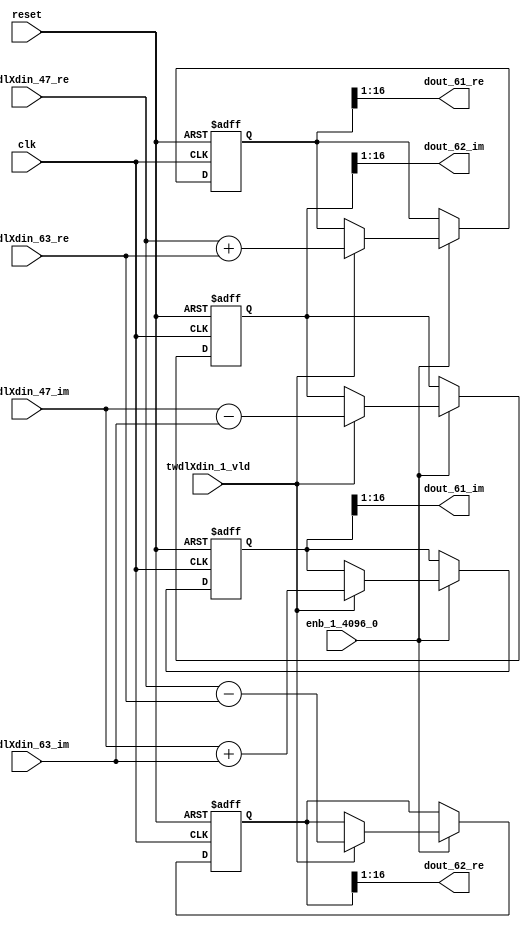
// -------------------------------------------------------------
// 
// 
// Generated by MATLAB 9.14 and HDL Coder 4.1
// 
// -------------------------------------------------------------


// -------------------------------------------------------------
// 
// Module: RADIX22FFT_SDNF1_3_block29
// Source Path: dsphdl.IFFT/RADIX22FFT_SDNF1_3
// Hierarchy Level: 4
// 
// -------------------------------------------------------------

`timescale 1 ns / 1 ns

module RADIX22FFT_SDNF1_3_block29
          (clk,
           reset,
           enb_1_4096_0,
           twdlXdin_47_re,
           twdlXdin_47_im,
           twdlXdin_63_re,
           twdlXdin_63_im,
           twdlXdin_1_vld,
           dout_61_re,
           dout_61_im,
           dout_62_re,
           dout_62_im);


  input   clk;
  input   reset;
  input   enb_1_4096_0;
  input   signed [15:0] twdlXdin_47_re;  // sfix16_En14
  input   signed [15:0] twdlXdin_47_im;  // sfix16_En14
  input   signed [15:0] twdlXdin_63_re;  // sfix16_En14
  input   signed [15:0] twdlXdin_63_im;  // sfix16_En14
  input   twdlXdin_1_vld;
  output  signed [15:0] dout_61_re;  // sfix16_En14
  output  signed [15:0] dout_61_im;  // sfix16_En14
  output  signed [15:0] dout_62_re;  // sfix16_En14
  output  signed [15:0] dout_62_im;  // sfix16_En14


  reg signed [16:0] Radix22ButterflyG1_NF_btf1_re_reg;  // sfix17
  reg signed [16:0] Radix22ButterflyG1_NF_btf1_im_reg;  // sfix17
  reg signed [16:0] Radix22ButterflyG1_NF_btf2_re_reg;  // sfix17
  reg signed [16:0] Radix22ButterflyG1_NF_btf2_im_reg;  // sfix17
  reg  Radix22ButterflyG1_NF_dinXtwdl_vld_dly1;
  reg signed [16:0] Radix22ButterflyG1_NF_btf1_re_reg_next;  // sfix17_En14
  reg signed [16:0] Radix22ButterflyG1_NF_btf1_im_reg_next;  // sfix17_En14
  reg signed [16:0] Radix22ButterflyG1_NF_btf2_re_reg_next;  // sfix17_En14
  reg signed [16:0] Radix22ButterflyG1_NF_btf2_im_reg_next;  // sfix17_En14
  reg  Radix22ButterflyG1_NF_dinXtwdl_vld_dly1_next;
  reg signed [15:0] dout_61_re_1;  // sfix16_En14
  reg signed [15:0] dout_61_im_1;  // sfix16_En14
  reg signed [15:0] dout_62_re_1;  // sfix16_En14
  reg signed [15:0] dout_62_im_1;  // sfix16_En14
  reg  dout_61_vld;
  reg signed [16:0] Radix22ButterflyG1_NF_add_cast;  // sfix17_En14
  reg signed [16:0] Radix22ButterflyG1_NF_add_cast_0;  // sfix17_En14
  reg signed [16:0] Radix22ButterflyG1_NF_sra_temp;  // sfix17_En14
  reg signed [16:0] Radix22ButterflyG1_NF_sub_cast;  // sfix17_En14
  reg signed [16:0] Radix22ButterflyG1_NF_sub_cast_0;  // sfix17_En14
  reg signed [16:0] Radix22ButterflyG1_NF_sra_temp_0;  // sfix17_En14
  reg signed [16:0] Radix22ButterflyG1_NF_add_cast_1;  // sfix17_En14
  reg signed [16:0] Radix22ButterflyG1_NF_add_cast_2;  // sfix17_En14
  reg signed [16:0] Radix22ButterflyG1_NF_sra_temp_1;  // sfix17_En14
  reg signed [16:0] Radix22ButterflyG1_NF_sub_cast_1;  // sfix17_En14
  reg signed [16:0] Radix22ButterflyG1_NF_sub_cast_2;  // sfix17_En14
  reg signed [16:0] Radix22ButterflyG1_NF_sra_temp_2;  // sfix17_En14


  // Radix22ButterflyG1_NF
  always @(posedge clk or posedge reset)
    begin : Radix22ButterflyG1_NF_process
      if (reset == 1'b1) begin
        Radix22ButterflyG1_NF_btf1_re_reg <= 17'sb00000000000000000;
        Radix22ButterflyG1_NF_btf1_im_reg <= 17'sb00000000000000000;
        Radix22ButterflyG1_NF_btf2_re_reg <= 17'sb00000000000000000;
        Radix22ButterflyG1_NF_btf2_im_reg <= 17'sb00000000000000000;
        Radix22ButterflyG1_NF_dinXtwdl_vld_dly1 <= 1'b0;
      end
      else begin
        if (enb_1_4096_0) begin
          Radix22ButterflyG1_NF_btf1_re_reg <= Radix22ButterflyG1_NF_btf1_re_reg_next;
          Radix22ButterflyG1_NF_btf1_im_reg <= Radix22ButterflyG1_NF_btf1_im_reg_next;
          Radix22ButterflyG1_NF_btf2_re_reg <= Radix22ButterflyG1_NF_btf2_re_reg_next;
          Radix22ButterflyG1_NF_btf2_im_reg <= Radix22ButterflyG1_NF_btf2_im_reg_next;
          Radix22ButterflyG1_NF_dinXtwdl_vld_dly1 <= Radix22ButterflyG1_NF_dinXtwdl_vld_dly1_next;
        end
      end
    end

  always @(Radix22ButterflyG1_NF_btf1_im_reg, Radix22ButterflyG1_NF_btf1_re_reg,
       Radix22ButterflyG1_NF_btf2_im_reg, Radix22ButterflyG1_NF_btf2_re_reg,
       Radix22ButterflyG1_NF_dinXtwdl_vld_dly1, twdlXdin_1_vld, twdlXdin_47_im,
       twdlXdin_47_re, twdlXdin_63_im, twdlXdin_63_re) begin
    Radix22ButterflyG1_NF_add_cast = 17'sb00000000000000000;
    Radix22ButterflyG1_NF_add_cast_0 = 17'sb00000000000000000;
    Radix22ButterflyG1_NF_sub_cast = 17'sb00000000000000000;
    Radix22ButterflyG1_NF_sub_cast_0 = 17'sb00000000000000000;
    Radix22ButterflyG1_NF_add_cast_1 = 17'sb00000000000000000;
    Radix22ButterflyG1_NF_add_cast_2 = 17'sb00000000000000000;
    Radix22ButterflyG1_NF_sub_cast_1 = 17'sb00000000000000000;
    Radix22ButterflyG1_NF_sub_cast_2 = 17'sb00000000000000000;
    Radix22ButterflyG1_NF_btf1_re_reg_next = Radix22ButterflyG1_NF_btf1_re_reg;
    Radix22ButterflyG1_NF_btf1_im_reg_next = Radix22ButterflyG1_NF_btf1_im_reg;
    Radix22ButterflyG1_NF_btf2_re_reg_next = Radix22ButterflyG1_NF_btf2_re_reg;
    Radix22ButterflyG1_NF_btf2_im_reg_next = Radix22ButterflyG1_NF_btf2_im_reg;
    Radix22ButterflyG1_NF_dinXtwdl_vld_dly1_next = twdlXdin_1_vld;
    if (twdlXdin_1_vld) begin
      Radix22ButterflyG1_NF_add_cast = {twdlXdin_47_re[15], twdlXdin_47_re};
      Radix22ButterflyG1_NF_add_cast_0 = {twdlXdin_63_re[15], twdlXdin_63_re};
      Radix22ButterflyG1_NF_btf1_re_reg_next = Radix22ButterflyG1_NF_add_cast + Radix22ButterflyG1_NF_add_cast_0;
      Radix22ButterflyG1_NF_sub_cast = {twdlXdin_47_re[15], twdlXdin_47_re};
      Radix22ButterflyG1_NF_sub_cast_0 = {twdlXdin_63_re[15], twdlXdin_63_re};
      Radix22ButterflyG1_NF_btf2_re_reg_next = Radix22ButterflyG1_NF_sub_cast - Radix22ButterflyG1_NF_sub_cast_0;
      Radix22ButterflyG1_NF_add_cast_1 = {twdlXdin_47_im[15], twdlXdin_47_im};
      Radix22ButterflyG1_NF_add_cast_2 = {twdlXdin_63_im[15], twdlXdin_63_im};
      Radix22ButterflyG1_NF_btf1_im_reg_next = Radix22ButterflyG1_NF_add_cast_1 + Radix22ButterflyG1_NF_add_cast_2;
      Radix22ButterflyG1_NF_sub_cast_1 = {twdlXdin_47_im[15], twdlXdin_47_im};
      Radix22ButterflyG1_NF_sub_cast_2 = {twdlXdin_63_im[15], twdlXdin_63_im};
      Radix22ButterflyG1_NF_btf2_im_reg_next = Radix22ButterflyG1_NF_sub_cast_1 - Radix22ButterflyG1_NF_sub_cast_2;
    end
    Radix22ButterflyG1_NF_sra_temp = Radix22ButterflyG1_NF_btf1_re_reg >>> 8'd1;
    dout_61_re_1 = Radix22ButterflyG1_NF_sra_temp[15:0];
    Radix22ButterflyG1_NF_sra_temp_0 = Radix22ButterflyG1_NF_btf1_im_reg >>> 8'd1;
    dout_61_im_1 = Radix22ButterflyG1_NF_sra_temp_0[15:0];
    Radix22ButterflyG1_NF_sra_temp_1 = Radix22ButterflyG1_NF_btf2_re_reg >>> 8'd1;
    dout_62_re_1 = Radix22ButterflyG1_NF_sra_temp_1[15:0];
    Radix22ButterflyG1_NF_sra_temp_2 = Radix22ButterflyG1_NF_btf2_im_reg >>> 8'd1;
    dout_62_im_1 = Radix22ButterflyG1_NF_sra_temp_2[15:0];
    dout_61_vld = Radix22ButterflyG1_NF_dinXtwdl_vld_dly1;
  end



  assign dout_61_re = dout_61_re_1;

  assign dout_61_im = dout_61_im_1;

  assign dout_62_re = dout_62_re_1;

  assign dout_62_im = dout_62_im_1;

endmodule  // RADIX22FFT_SDNF1_3_block29